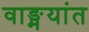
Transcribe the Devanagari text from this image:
वाङ्मयांत